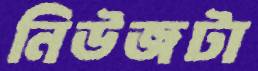
নিউজটা